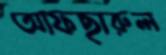
আফছারুল